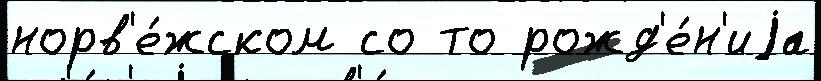
норв'е́жском со то рожд'е́н'иjа